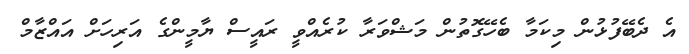
އެ ދެބޭފުޅުން މިކަމާ ބެހޭގޮތުން މަޝްވަރާ ކުރެއްވީ ރައީސް ޔާމީންގެ އަރިހަށް އައްޒާމް